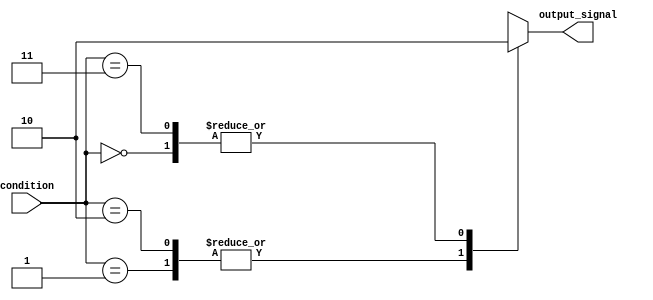
module case_statement_example (
    input [1:0] condition,
    output reg output_signal
);

initial begin
    case (condition)
        2'b00: output_signal = 1'b0;
        2'b01: output_signal = 1'b1;
        2'b10: output_signal = 1'b1;
        2'b11: output_signal = 1'b0;
        default: output_signal = 1'b0;
    endcase
end

endmodule